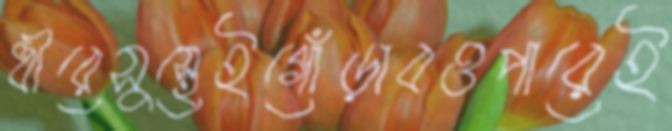
ধীরেসুস্থেইগোঁড়াবওপারেই